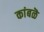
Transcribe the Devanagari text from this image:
कांबळॆ